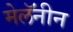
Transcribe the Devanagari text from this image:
मेलॅनीन